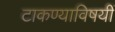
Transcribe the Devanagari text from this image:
टाकण्याविषयीं